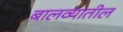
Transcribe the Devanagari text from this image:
बालव्यातील